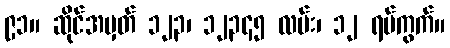
၉၁။ ဆိုင်အမှတ် ၁၂၃၊ ၁၂၃၄၅ လမ်း၊ ၁၂ ရပ်ကွက်။